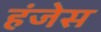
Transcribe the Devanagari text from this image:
हंजेस